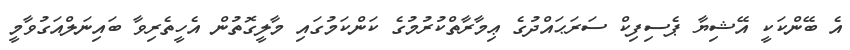
އެ ބޭންކަކީ އޭޝިޔާ ޕެސިފިކް ސަރަޙައްދުގެ ޢިމާރާތްކުރުމުގެ ކަންކަމުގައި މާލީގޮތުން އެހީތެރިވާ ބައިނަލްއަގުވާމީ